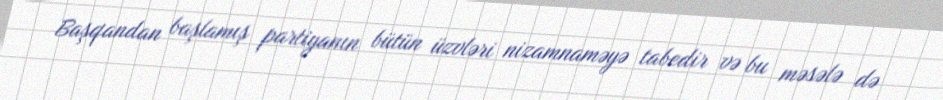
Başqandan başlamış partiyanın bütün üzvləri nizamnaməyə tabedir və bu məsələ də